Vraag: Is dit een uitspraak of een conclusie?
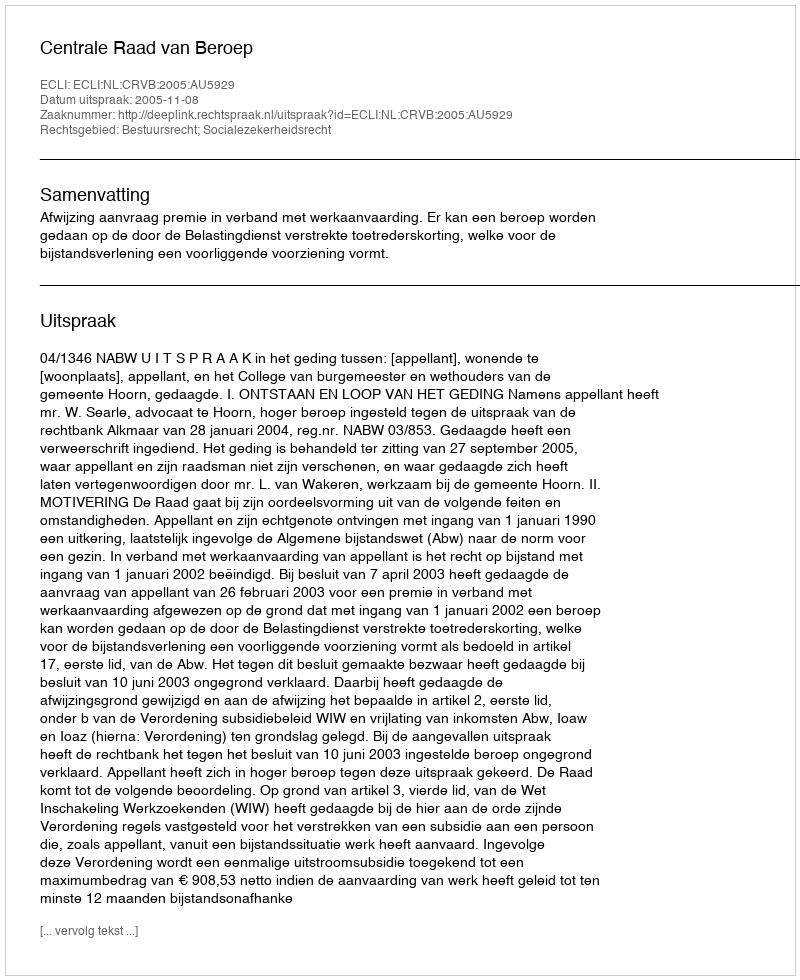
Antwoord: Uitspraak